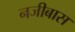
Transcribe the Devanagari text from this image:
नजीबास